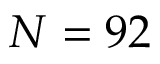
N = 9 2